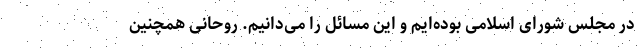
در مجلس شورای اسلامی بوده‌ایم و این مسائل را می‌دانیم. روحانی همچنین